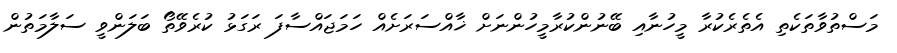
މަސްތުވާތަކެތި އެތެރެކުރާ މީހުނާއި ބޭނުންކުރާމީހުންނަށް ޚާއްސަރަށެއް ހަމަޖައްސާފަ ރަގަޅު ކުރެވޭތޯ ބަލަންވީ ސަލާމަތުން